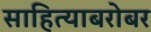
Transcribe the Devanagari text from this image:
साहित्याबरोबर